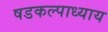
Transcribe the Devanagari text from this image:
षडकल्पाध्याय